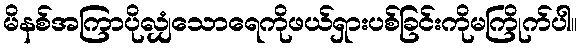
မိနစ်အကြာပိုလျှံသောရေကိုဖယ်ရှားပစ်ခြင်းကိုမကြိုက်ပါ။